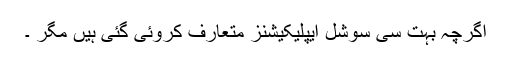
اگرچہ بہت سی سوشل ایپلیکیشنز متعارف کروئی گئی ہیں مگر ۔